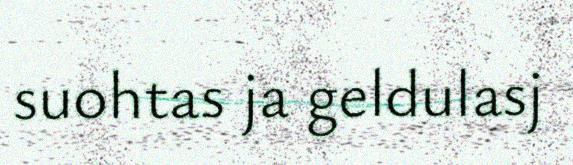
suohtas ja geldulasj